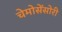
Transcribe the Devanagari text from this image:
चेमोसेंसोरी